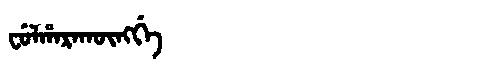
Manchu: ᠸᡠᠯᡥᠠᡵᠠᡴᡡᠩᡤᡝ
Romanization: FULHARAKŪNGGE